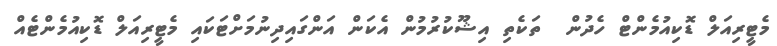
މެޓީރިއަލް ޑޮކިއުމެންޓް ހެދުން  ތަކެތި އިޝޫކުރުމުން އެކަން އަންގައިދިނުމަށްޓަކައި މެޓީރިއަލް ޑޮކިއުމެންޓެއް